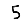
Digit: 5